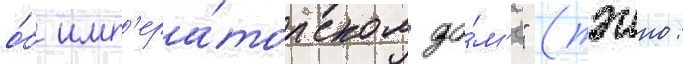
о́б имп'ера́торском до́м'е" (тэнно: